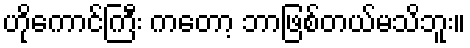
ဟိုကောင်ကြီး ကတော့ ဘာဖြစ်တယ်မသိဘူး။